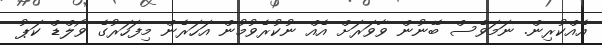
އެއްކުރިން. ނަމަވެސް ބޭނުން ވާވަރަށް އެއް ނުކުރެވުމުން އަހަރެން މިފަހަރުގެ ވޯލްޑް ކަޕު